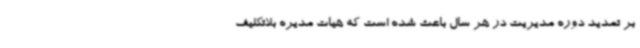
بر تمدید دوره مدیریت در هر سال باعث شده است که هیات مدیره بلاتکلیف